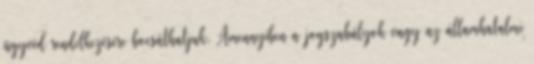
ügyvéd rendelkezésére bocsáthatjuk. Amennyiben a jogszabályok vagy az államhatalmi